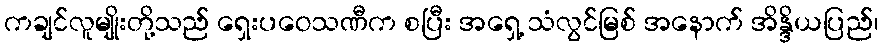
ကချင်လူမျိုးတို့သည် ရှေးပဝေသဏီက စပြီး အရှေ့ သံလွင်မြစ် အနောက် အိန္ဒိယပြည်၊